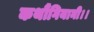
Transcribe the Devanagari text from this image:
कथौंगियानी।।